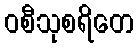
ဝစီသုစရိတေ